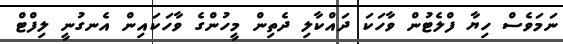
ނަމަވެސް ހިޔާ ފްލެޓުން ވާހަކަ ދައްކާލި ދެތިން މީހުންގެ ވާހަކައިން އެނގުނީ ލިފްޓް